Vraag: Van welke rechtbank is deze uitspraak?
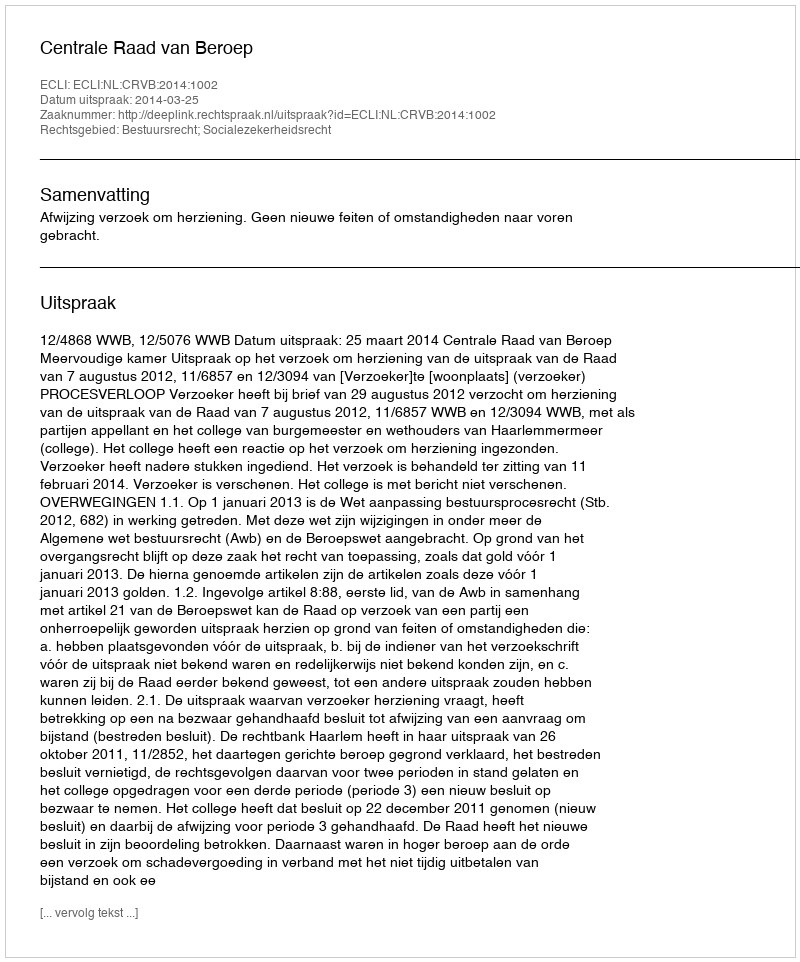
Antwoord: Centrale Raad van Beroep